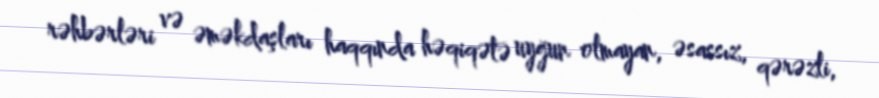
rəhbərləri və əməkdaşları haqqında həqiqətə uyğun olmayan, əsassız, qərəzli,